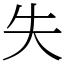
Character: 失